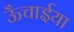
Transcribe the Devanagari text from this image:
ऊँचाईया